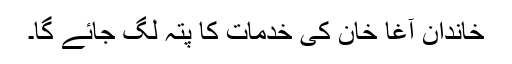
خاندانِ آغا خان کی خدمات کا پتہ لگ جائے گا۔